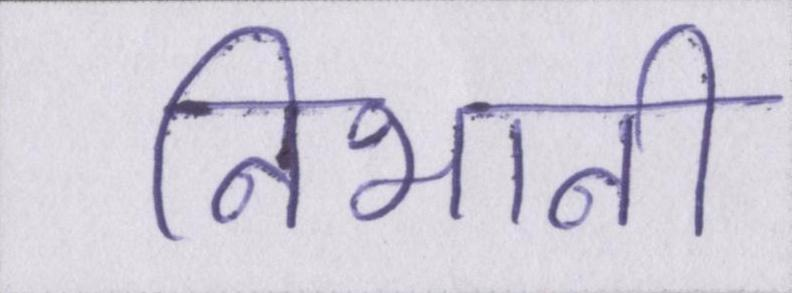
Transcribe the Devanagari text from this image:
निभानी